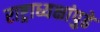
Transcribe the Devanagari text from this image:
राष्ट्राध्यक्षांपुढे